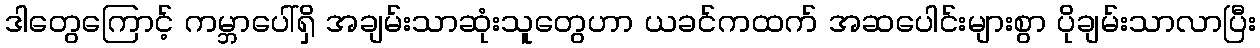
ဒါတွေကြောင့် ကမ္ဘာပေါ်ရှိ အချမ်းသာဆုံးသူတွေဟာ ယခင်ကထက် အဆပေါင်းများစွာ ပိုချမ်းသာလာပြီး